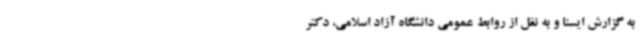
به گزارش ایسنا و به نقل از روابط عمومی دانشگاه آزاد اسلامی، دکتر